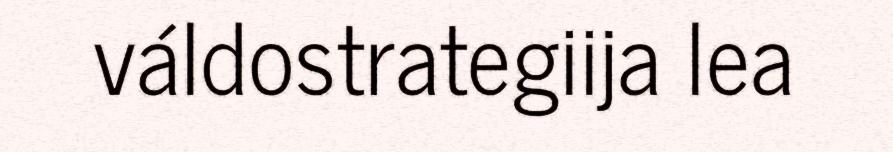
váldostrategiija lea